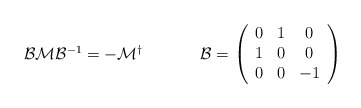
\begin{align*}\begin{array}{cc}{\cal B}{\cal M}{\cal B}^{-1}=-{\cal M}^{\dagger}~~~~&~~~~{\cal B}=\left(\begin{array}{ccc} 0&1&0\\ 1&0&0\\ 0&0&-1 \end{array}\right)\end{array}\end{align*}